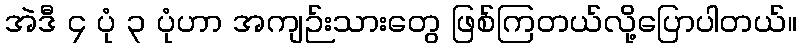
အဲဒီ ၄ ပုံ ၃ ပုံဟာ အကျဉ်းသားတွေ ဖြစ်ကြတယ်လို့ပြောပါတယ်။